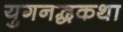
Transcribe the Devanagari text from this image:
युगनद्धकथा